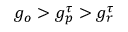
g _ { o } > g _ { p } ^ { \tau } > g _ { r } ^ { \tau }